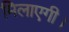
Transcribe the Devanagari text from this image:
मिलाएगी।